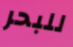
للبحر